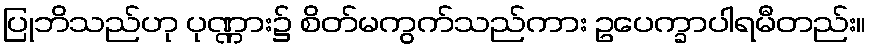
ပြုဘိသည်ဟု ပုဏ္ဏား၌ စိတ်မကွက်သည်ကား ဥပေက္ခာပါရမီတည်း။